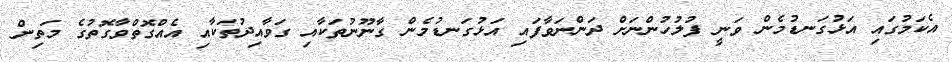
އެކަމުގައި އަޅުގަނޑުމެން ވަނީ ފުލުހުންނަށް ދަންނަވާފައި އަޅުގަނޑުމެން ގާނޫނުތަކާއި ގަވާއިދުތަކާއި އެއްގޮތްވާގޮތުގެ މަތިން